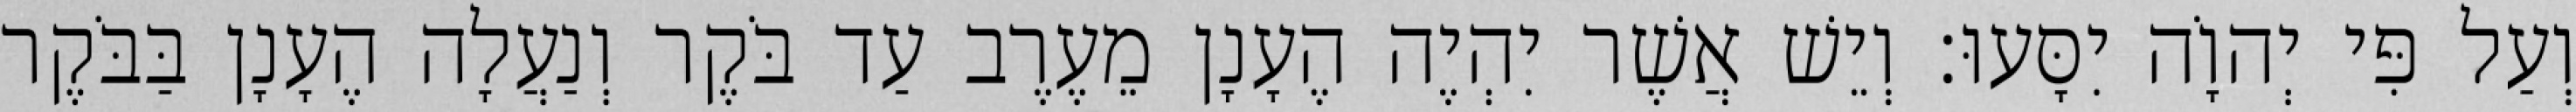
וְעַל פִּי יְהוָֹה יִסָּעוּ׃ וְיֵשׁ אֲשֶׁר יִהְיֶה הֶעָנָן מֵעֶרֶב עַד בֹּקֶר וְנַעֲלָה הֶעָנָן בַּבֹּקֶר